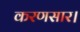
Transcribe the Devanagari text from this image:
करणसार।